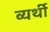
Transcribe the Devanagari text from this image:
व्‍यर्थी